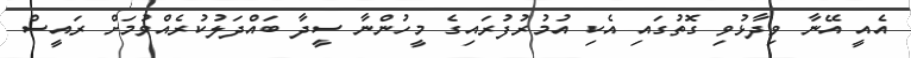
އެއީ އޭނާ ވިދާޅުވި ގޮތުގައި އެކި އުމުރުފުރައިގެ މީހުންނާ ސީދާ ބައްދަލުކުރެއްވުމަށް ރައީސް